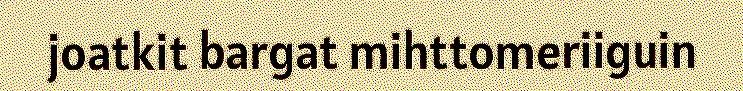
joatkit bargat mihttomeriiguin